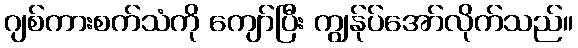
ဂျစ်ကားစက်သံကို ကျော်ပြီး ကျွန်ုပ်အော်လိုက်သည်။